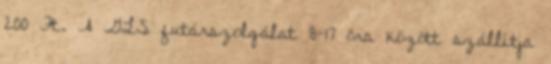
200 Ft. A GLS futárszolgálat 8-17 óra között szállítja